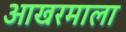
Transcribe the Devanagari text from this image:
आखरमाला